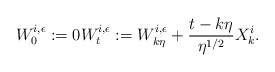
LaTeX: \begin{align*}W^{i,\epsilon}_0 := 0 W^{i,\epsilon}_t := W^{i,\epsilon}_{k\eta} + \frac{t - k\eta}{\eta^{1/2}} X^i_k. \end{align*}